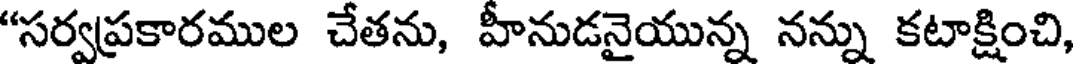
"సర్వప్రకారముల చేతను, హీనుడనైయున్న నన్ను కటాక్షించి,